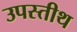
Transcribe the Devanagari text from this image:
उपस्तीथ